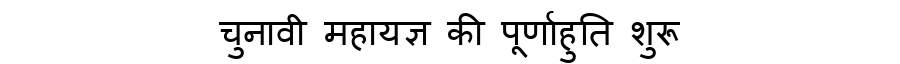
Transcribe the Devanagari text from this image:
चुनावी महायज्ञ की पूर्णाहुति शुरू